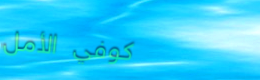
كوفي الأمل